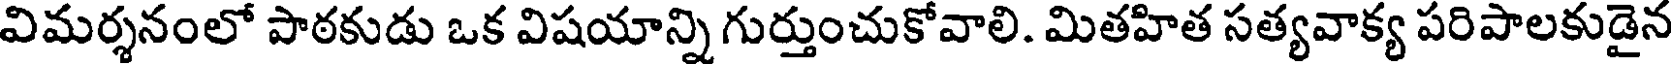
విమర్శనంలో పాఠకుడు ఒక విషయాన్ని గుర్తుంచుకోవాలి. మితహిత సత్యవాక్య పరిపాలకుడైన